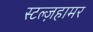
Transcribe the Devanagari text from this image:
स्टल्ज़हामर